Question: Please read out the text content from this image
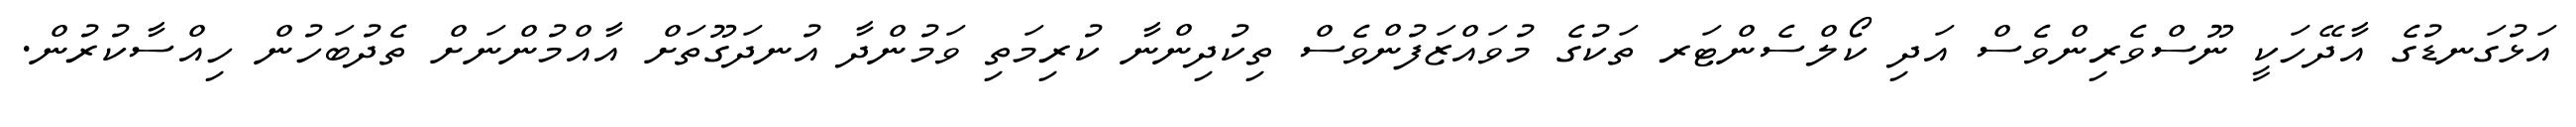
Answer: އަޅުގަނޑުގެ އާދޭހަކީ ނޫސްވެރިންވެސް އަދި ކޯލްސެންޓަރ ތަކުގެ މުވައްޒަފުންވެސް ތިކުދިންނާ ކުރިމަތި ވަމުންދާ އުނދަގޫތަށް އާއްމުންނަށް ތެދުބަހުން ހިއްސާކުރުން.